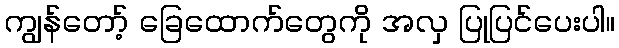
ကျွန်တော့် ခြေထောက်တွေကို အလှ ပြုပြင်ပေးပါ။